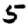
Digit: 5